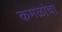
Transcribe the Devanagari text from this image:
कमळांचा